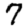
Digit: 7